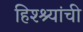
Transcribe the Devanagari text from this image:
हिश्श्यांची